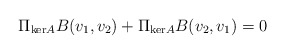
\begin{align*} \Pi_{\mathrm{ker}A} B(v_1,v_2) + \Pi_{\mathrm{ker}A} B(v_2,v_1) = 0 \end{align*}